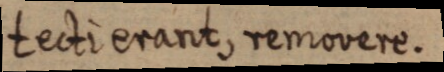
tecti erant, removere.